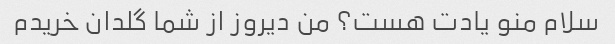
سلام منو یادت هست؟ من دیروز از شما گلدان خریدم